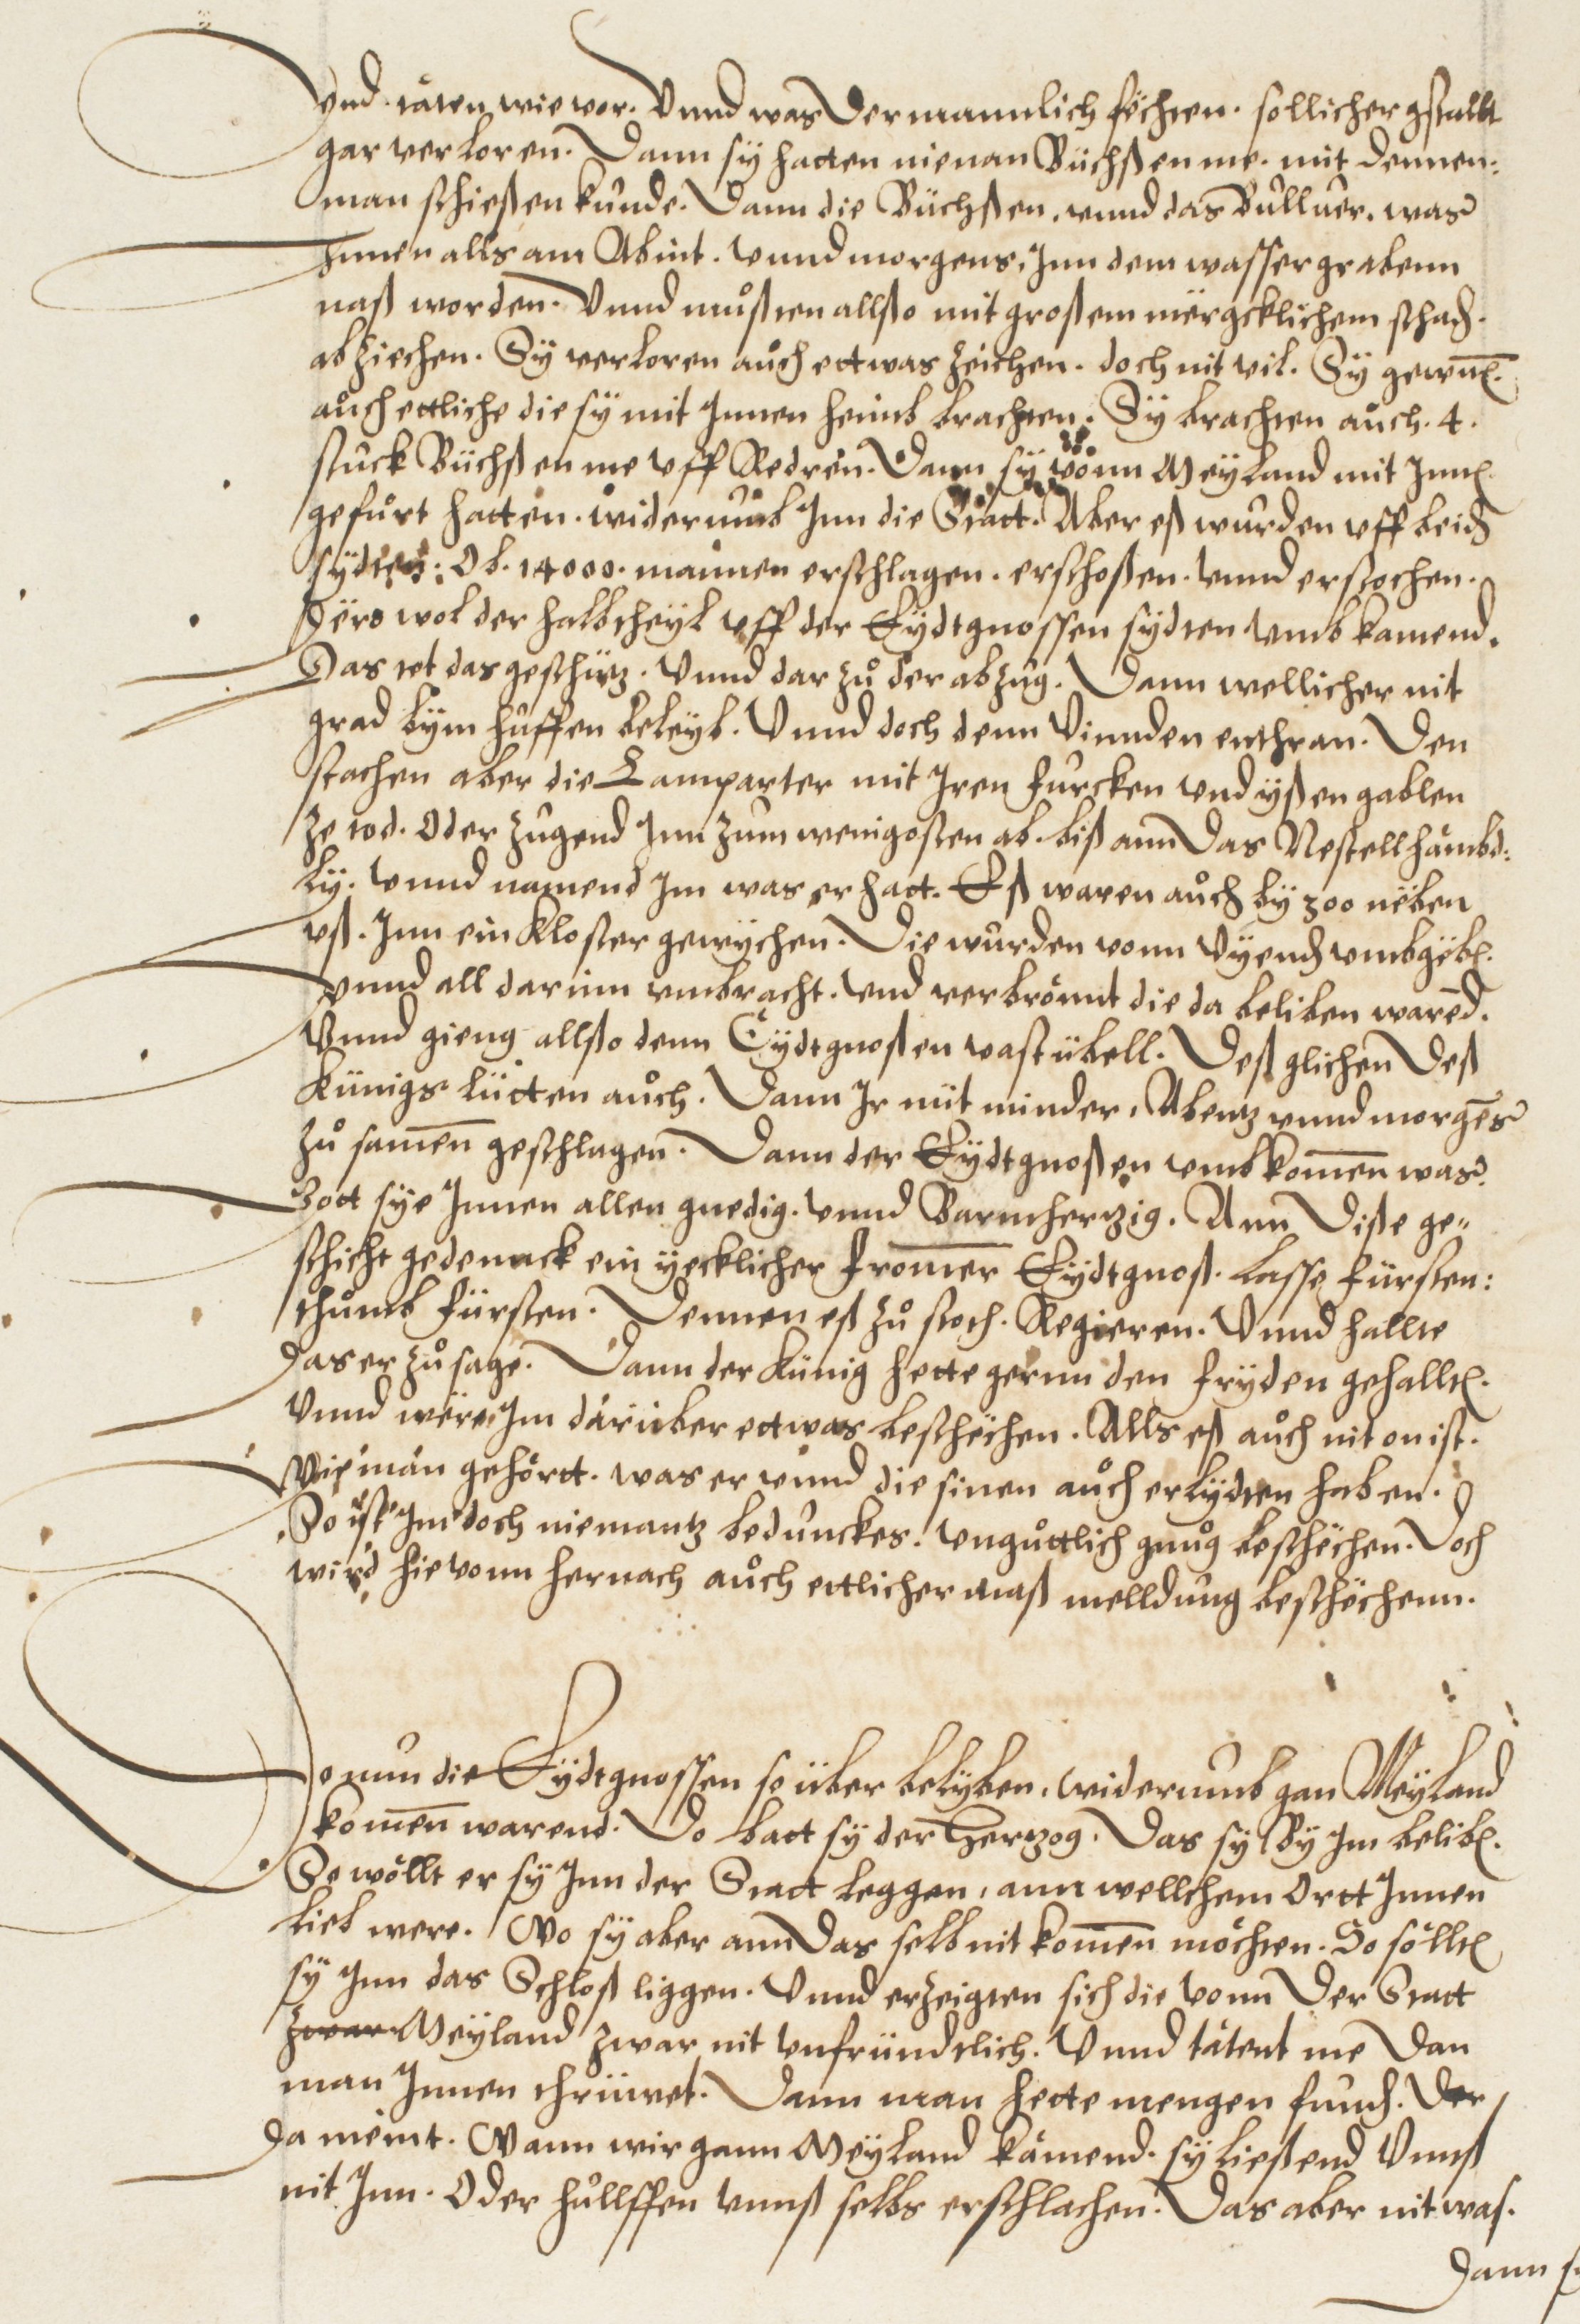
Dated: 1572–1572